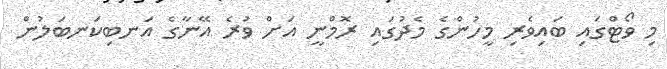
މި ވޯޓްގައި ބައިވެރި މީހުންގެ މެދުގައި ރޮމްނީ އަށް ވުރެ އޭނާގެ އަނބިކަނބަލުން